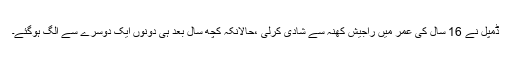
ڈمپل نے 16 سال کی عمر میں راجیش کھنہ سے شادی کرلی ،حالانکہ کچھ سال بعد ہی دونوں ایک دوسرے سے الگ ہوگئے۔